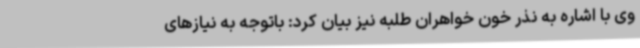
وی با اشاره به نذر خون خواهران طلبه نیز بیان کرد: باتوجه به نیازهای